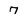
Character: 7